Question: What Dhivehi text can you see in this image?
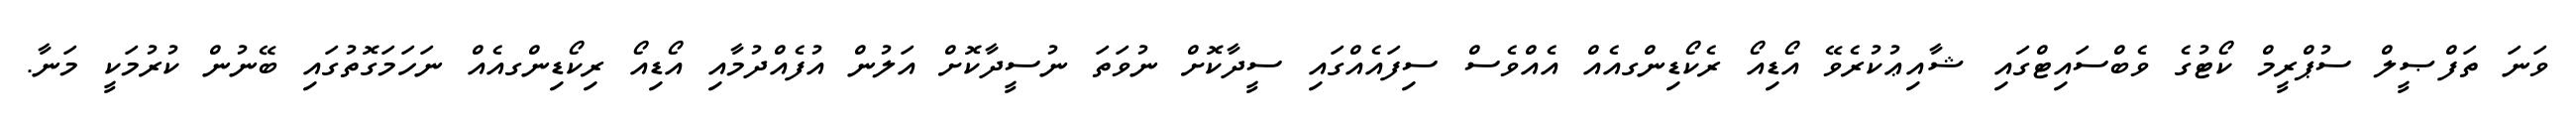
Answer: ވަނަ ތަފްޞީލް ސުޕްރީމް ކޯޓުގެ ވެބްސައިޓްގައި ޝާއިޢުކުރެވޭ އޯޑިއޯ ރެކޯޑިންގއެއް އެއްވެސް ސިފައެއްގައި ސީދާކޮށް ނުވަތަ ނުސީދާކޮށް އަލުން އުފެއްދުމާއި އޯޑިއޯ ރިކޯޑިންގއެއް ނަހަމަގޮތުގައި ބޭނުން ކުރުމަކީ މަނާ.